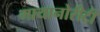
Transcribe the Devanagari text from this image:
मायानोरीटी